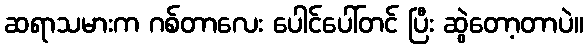
ဆရာသမားက ဂစ်တာလေး ပေါင်ပေါ်တင် ပြီး ဆွဲတော့တာပဲ။